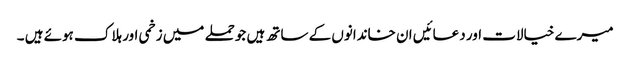
میرے خیالات اور دعائیں ان خاندانوں کے ساتھ ہیں جوحملے میں زخمی اور ہلاک ہوئے ہیں ۔